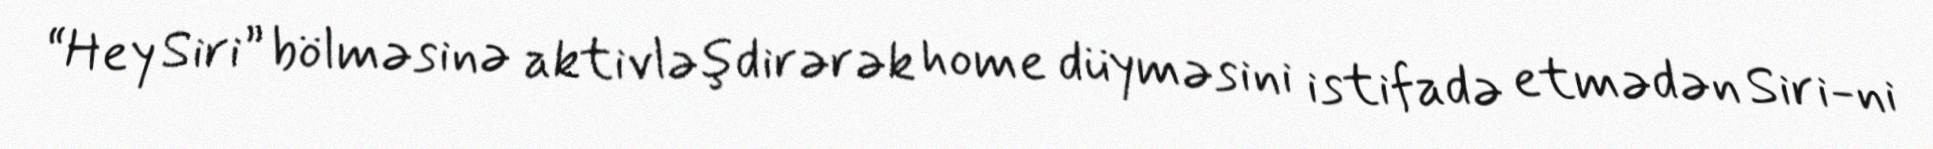
“Hey Siri” bölməsinə aktivləşdirərək home düyməsini istifadə etmədən Siri-ni